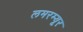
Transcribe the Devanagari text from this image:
लमरम्यूर